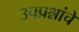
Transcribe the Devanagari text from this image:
उपप्रश्नांचे